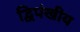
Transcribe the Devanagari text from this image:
द्विपंखीय